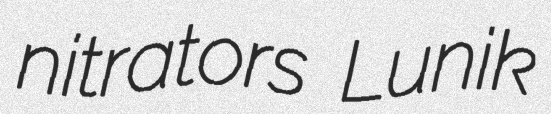
nitrators Lunik